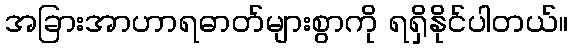
အခြားအာဟာရဓာတ်များစွာကို ရရှိနိုင်ပါတယ်။